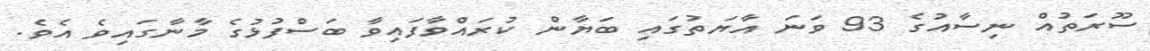
ސޫރަތުއް ނިސާއުގެ 93 ވަނަ އާޔަތުގައި ބަޔާން ކުރައްވާފައިވާ ބަސްފުޅުގެ މާނާގައިވެ އެވެ.